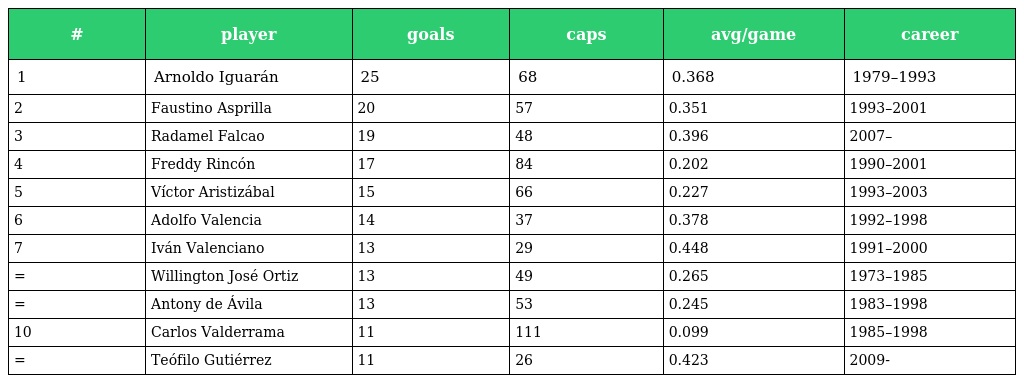
| # | player | goals | caps | avg/game | career |
 | --- | --- | --- | --- | --- | --- |
 | 1 | Arnoldo Iguarán | 25 | 68 | 0.368 | 1979–1993 |
 | 2 | Faustino Asprilla | 20 | 57 | 0.351 | 1993–2001 |
 | 3 | Radamel Falcao | 19 | 48 | 0.396 | 2007– |
 | 4 | Freddy Rincón | 17 | 84 | 0.202 | 1990–2001 |
 | 5 | Víctor Aristizábal | 15 | 66 | 0.227 | 1993–2003 |
 | 6 | Adolfo Valencia | 14 | 37 | 0.378 | 1992–1998 |
 | 7 | Iván Valenciano | 13 | 29 | 0.448 | 1991–2000 |
 | = | Willington José Ortiz | 13 | 49 | 0.265 | 1973–1985 |
 | = | Antony de Ávila | 13 | 53 | 0.245 | 1983–1998 |
 | 10 | Carlos Valderrama | 11 | 111 | 0.099 | 1985–1998 |
 | = | Teófilo Gutiérrez | 11 | 26 | 0.423 | 2009- |